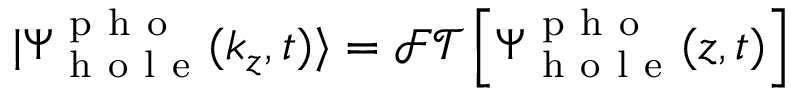
| \Psi _ { \mathrm { ~ h ~ o ~ l ~ e ~ } } ^ { \mathrm { ~ p ~ h ~ o ~ } } ( k _ { z } , t ) \rangle = \mathcal { F T } \left[ \Psi _ { \mathrm { ~ h ~ o ~ l ~ e ~ } } ^ { \mathrm { ~ p ~ h ~ o ~ } } ( z , t ) \right]